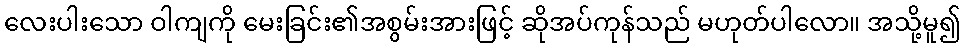
လေးပါးသော ဝါကျကို မေးခြင်း၏အစွမ်းအားဖြင့် ဆိုအပ်ကုန်သည် မဟုတ်ပါလော။ အသို့မူ၍